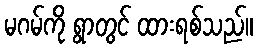
မဂမ်ကို ရွာတွင် ထားရစ်သည်။